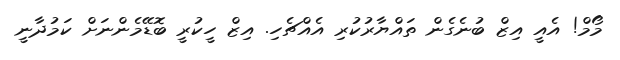
މޯމް! އެއީ އިޒް ބުނެގެން ތައްޔާރުކުރި އެއްޗެހި. އިޒް ހީކުރީ ބޮޑޭމެންނަށް ކަމުދާނީ